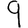
Digit: 9